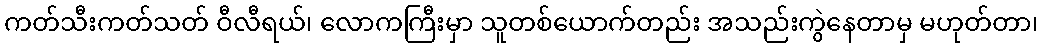
ကတ်သီးကတ်သတ် ဝီလီရယ်၊ လောကကြီးမှာ သူတစ်ယောက်တည်း အသည်းကွဲနေတာမှ မဟုတ်တာ၊